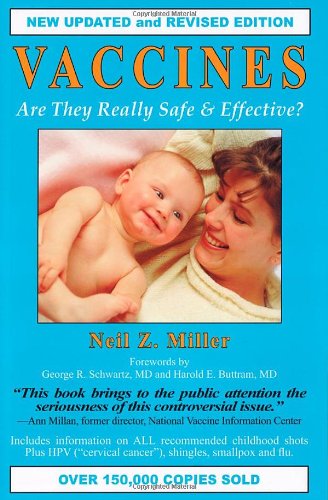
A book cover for Vaccines Are They Really Safe and Effective?; Neil Z. Miller; Medical Books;